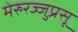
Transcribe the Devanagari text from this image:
मेरुरज्जुप्रसू